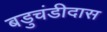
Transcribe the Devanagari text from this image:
बडुचंडीदास